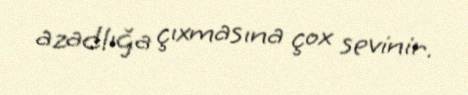
azadlığa çıxmasına çox sevinir.